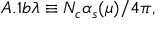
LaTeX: A . 1 b \lambda \equiv N _ { c } \alpha _ { s } ( \mu ) / 4 \pi ,